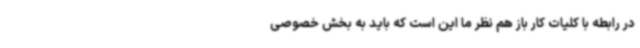
در رابطه با کلیات کار باز هم نظر ما این است که باید به بخش خصوصی